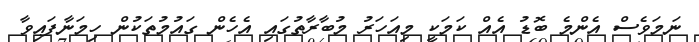
ނަމަވެސް އެންމެ ބޮޑު އެއް ކަމަކީ މިއަހަރު މުބާރާތުގައި އެހެން ގައުމުތަކުން ހިމަނާފައިވާ